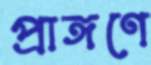
প্রাঙ্গণে